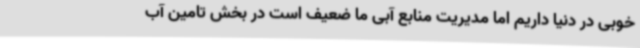
خوبی در دنیا داریم اما مدیریت منابع آبی ما ضعیف است در بخش تامین آب